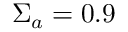
\Sigma _ { a } = 0 . 9